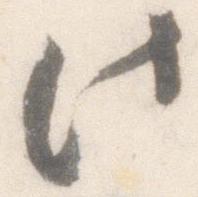
此